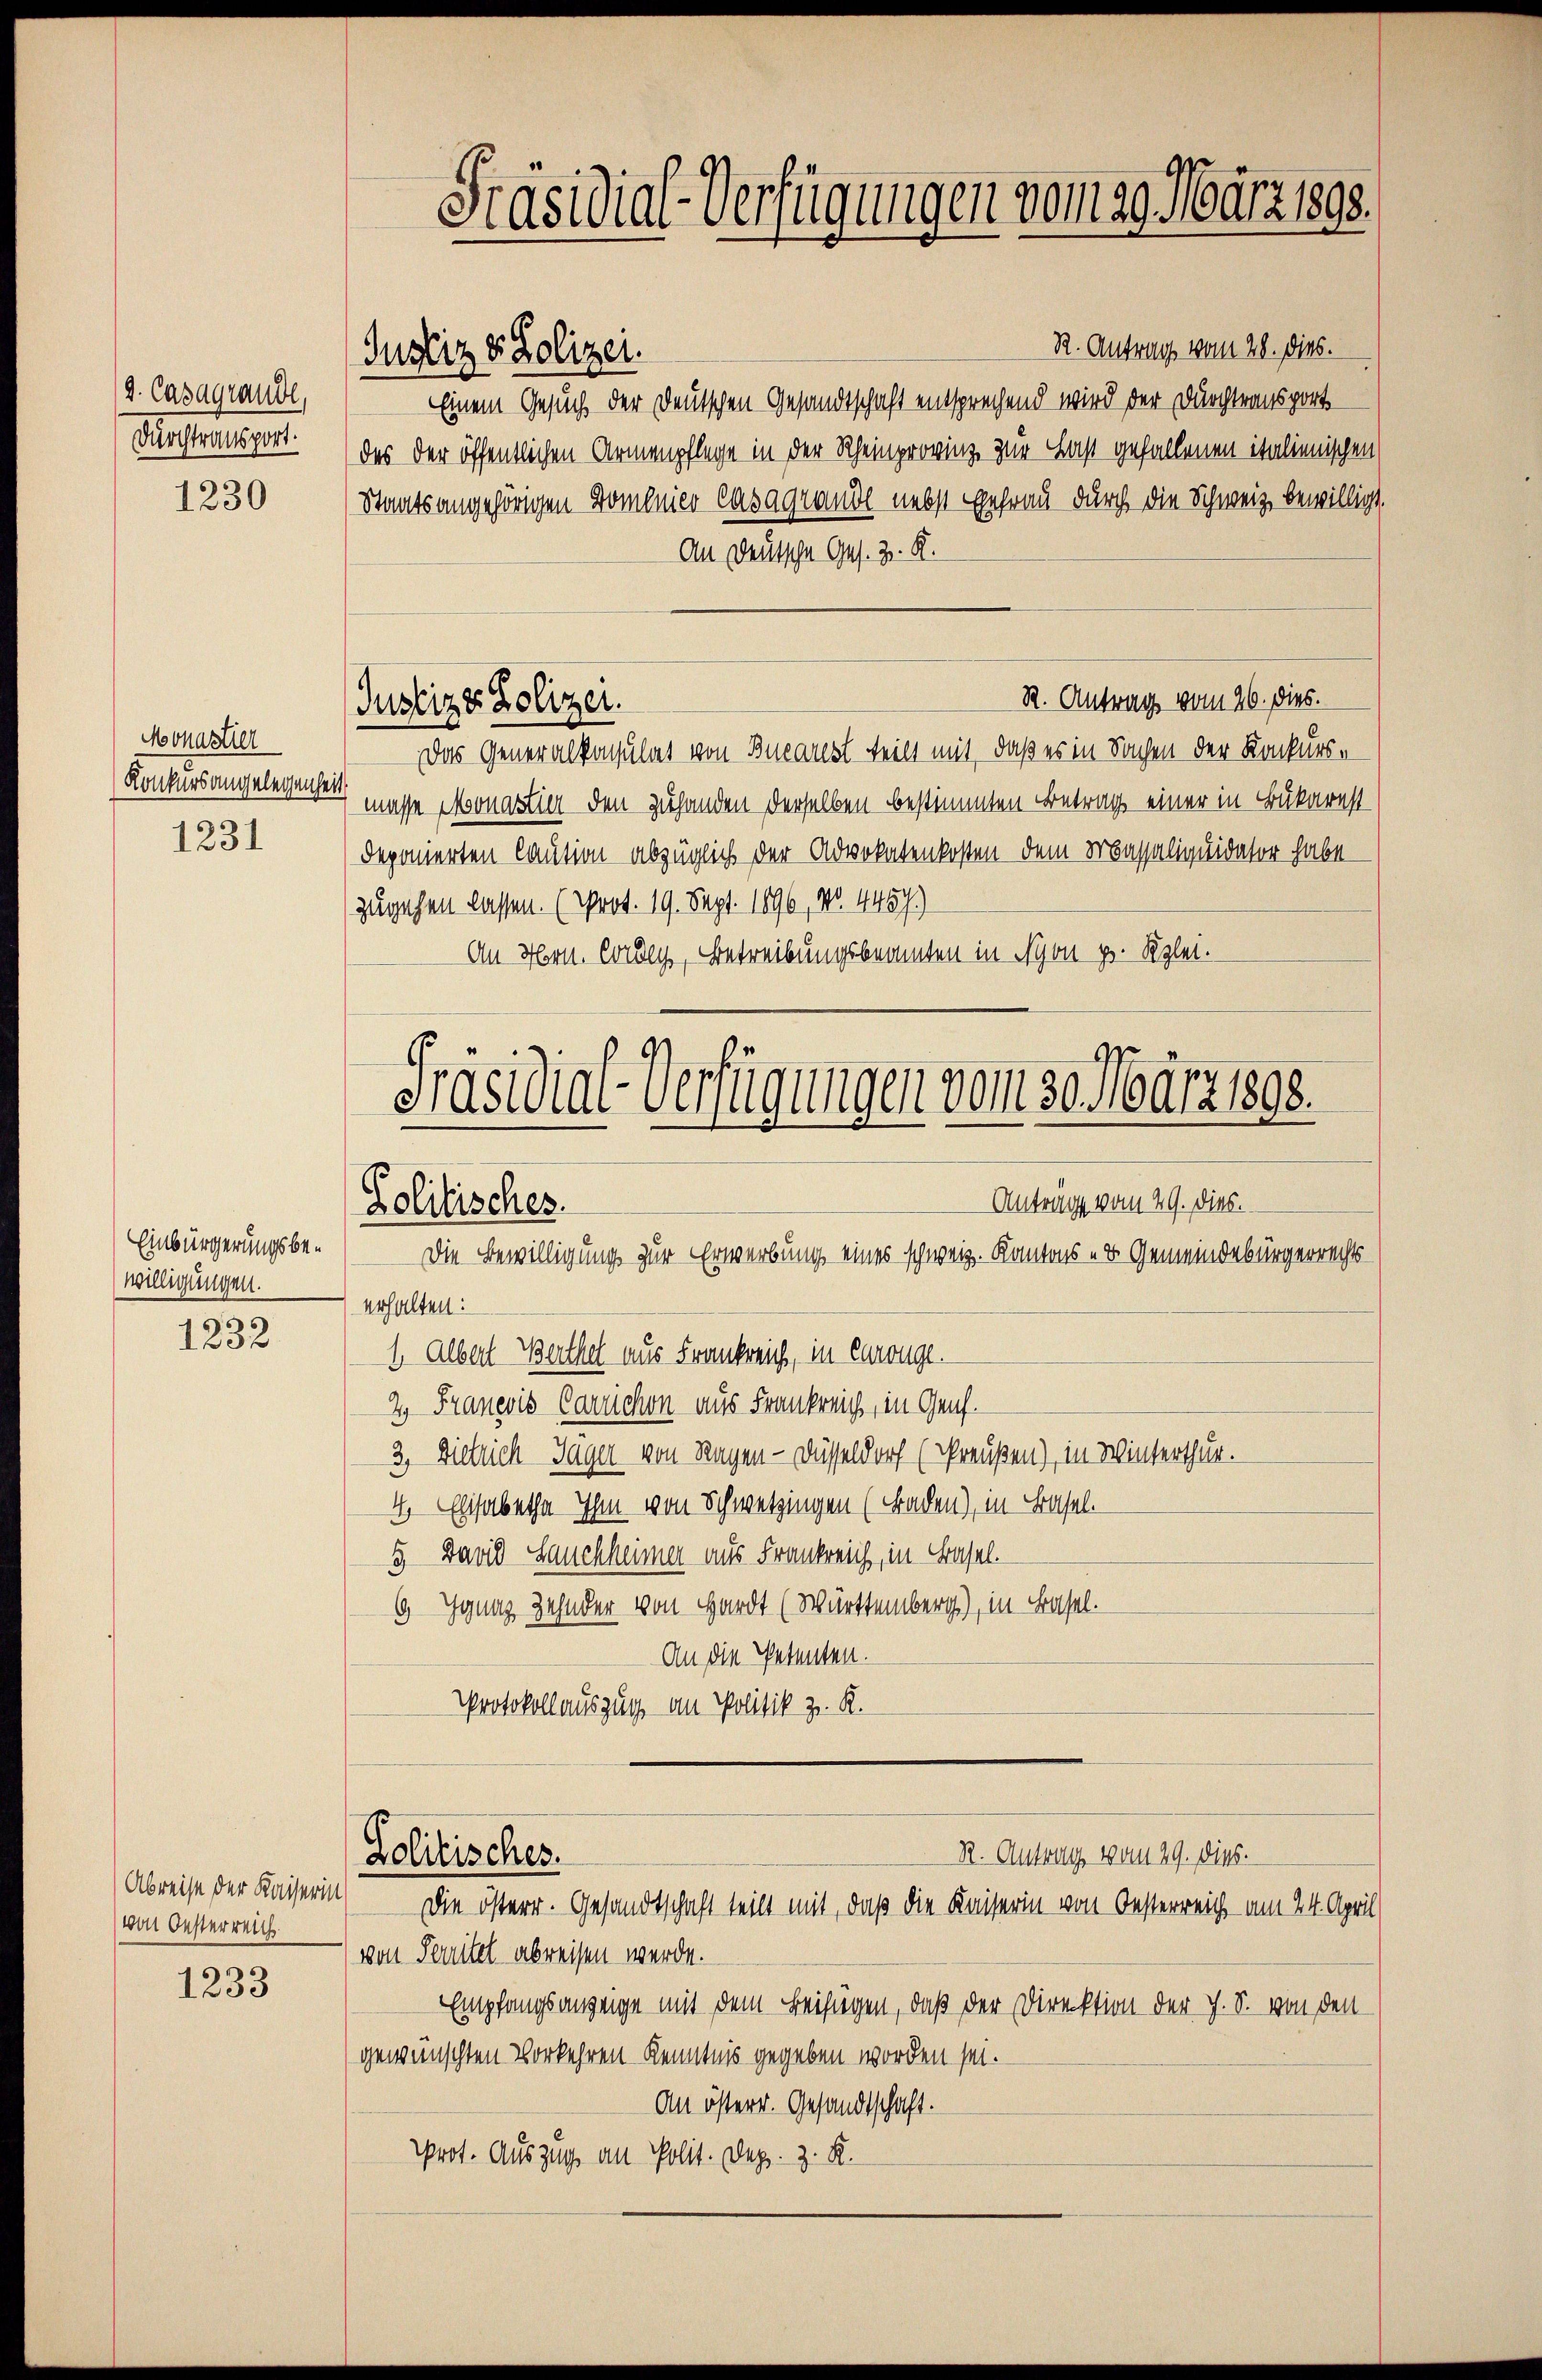
d. Casagrande,
Durchtransport.
1230

Monastier
1231

Einbürgerungsbewilligungen.
s

1232

von Oesterreich

1233

R. Antrag vom 28. dies.
Justiz & Polizei.
Einem Gesuch der Deutschen Gesandtschaft entsprechend wird der Durchtransport
das der öffentlichen Armenpflege in der Rheinprovinz zur Last gefallenen italienischen
Staatsangehörigen Domanier Casagrande nebst gefrau durch die Schweiz bewilligt.
An Deutsche Ges. z. R.
R. Antrag vom 26. dies.
Das Generalkonsulat von Buearest teilt mit, daß er in Sachen der Konkurs¬
Konkursangelegenden müsse eonastier den zuhanden derselben bestimmten Betrag einer in Bukarnst
deponierten Caution abzüglich der Advokatenkosten dem Massaliquidator habe
zugehen lassen. (Prot. 19. Sept. 1896, No. 4457)
An Hrn. Cordey, Betreibungsbeamten in con pr. Klei¬
Präsidial-Verfügungen vom 30. März 1898.

Präsidial-Verfügungen vom 29. März 1890.

Justizer Polizei.

Anträge vom 29. Dies.
Politisches.
Die Bewilligung zur Erwerbung eines schweiz. Kantons er Gemeindebürgerrechts
erhalten:
1. Albert Berthel aus Frankreich, in Carouge¬
2. Franeois Carrichon aus Frankreich, in Genf.
3, Dietrich Jäger von Ragen - Düsseldorf (reußen), in Winterthur.

4. Elisabetha Ihm von Schwetzingen (Baden), in Basel.
5. David Hauchheimer aus Frankreich, in Basel.
6 Ignaz Zehnder von Hardt (Württemberg), in Basel.
An die Petenten.
Protokollauszug an Politik z. R.

R. Antrag vom 29. Dies
Lolitischer.
Abreise der Kaiserin die österr. Gesandtschaft teilt mit, daß die Kaiserin von Oesterreich am 24. April

von Seitel abreisen werde.
Empfangsanzeige mit dem Beifügen, daß der Direktion der J. S. von den
gewünschten Vorkehren Kenntnis gegeben worden sei.
An österr. Gesandtschaft.
prot. Auszug an Polit. Dez. z. K.